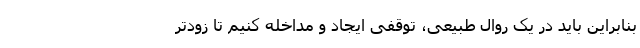
بنابراین باید در یک روال طبیعی، توقفی ایجاد و مداخله کنیم تا زودتر